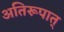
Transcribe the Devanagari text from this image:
अतिरूपात्